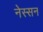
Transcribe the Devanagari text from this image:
नेस्‍सन